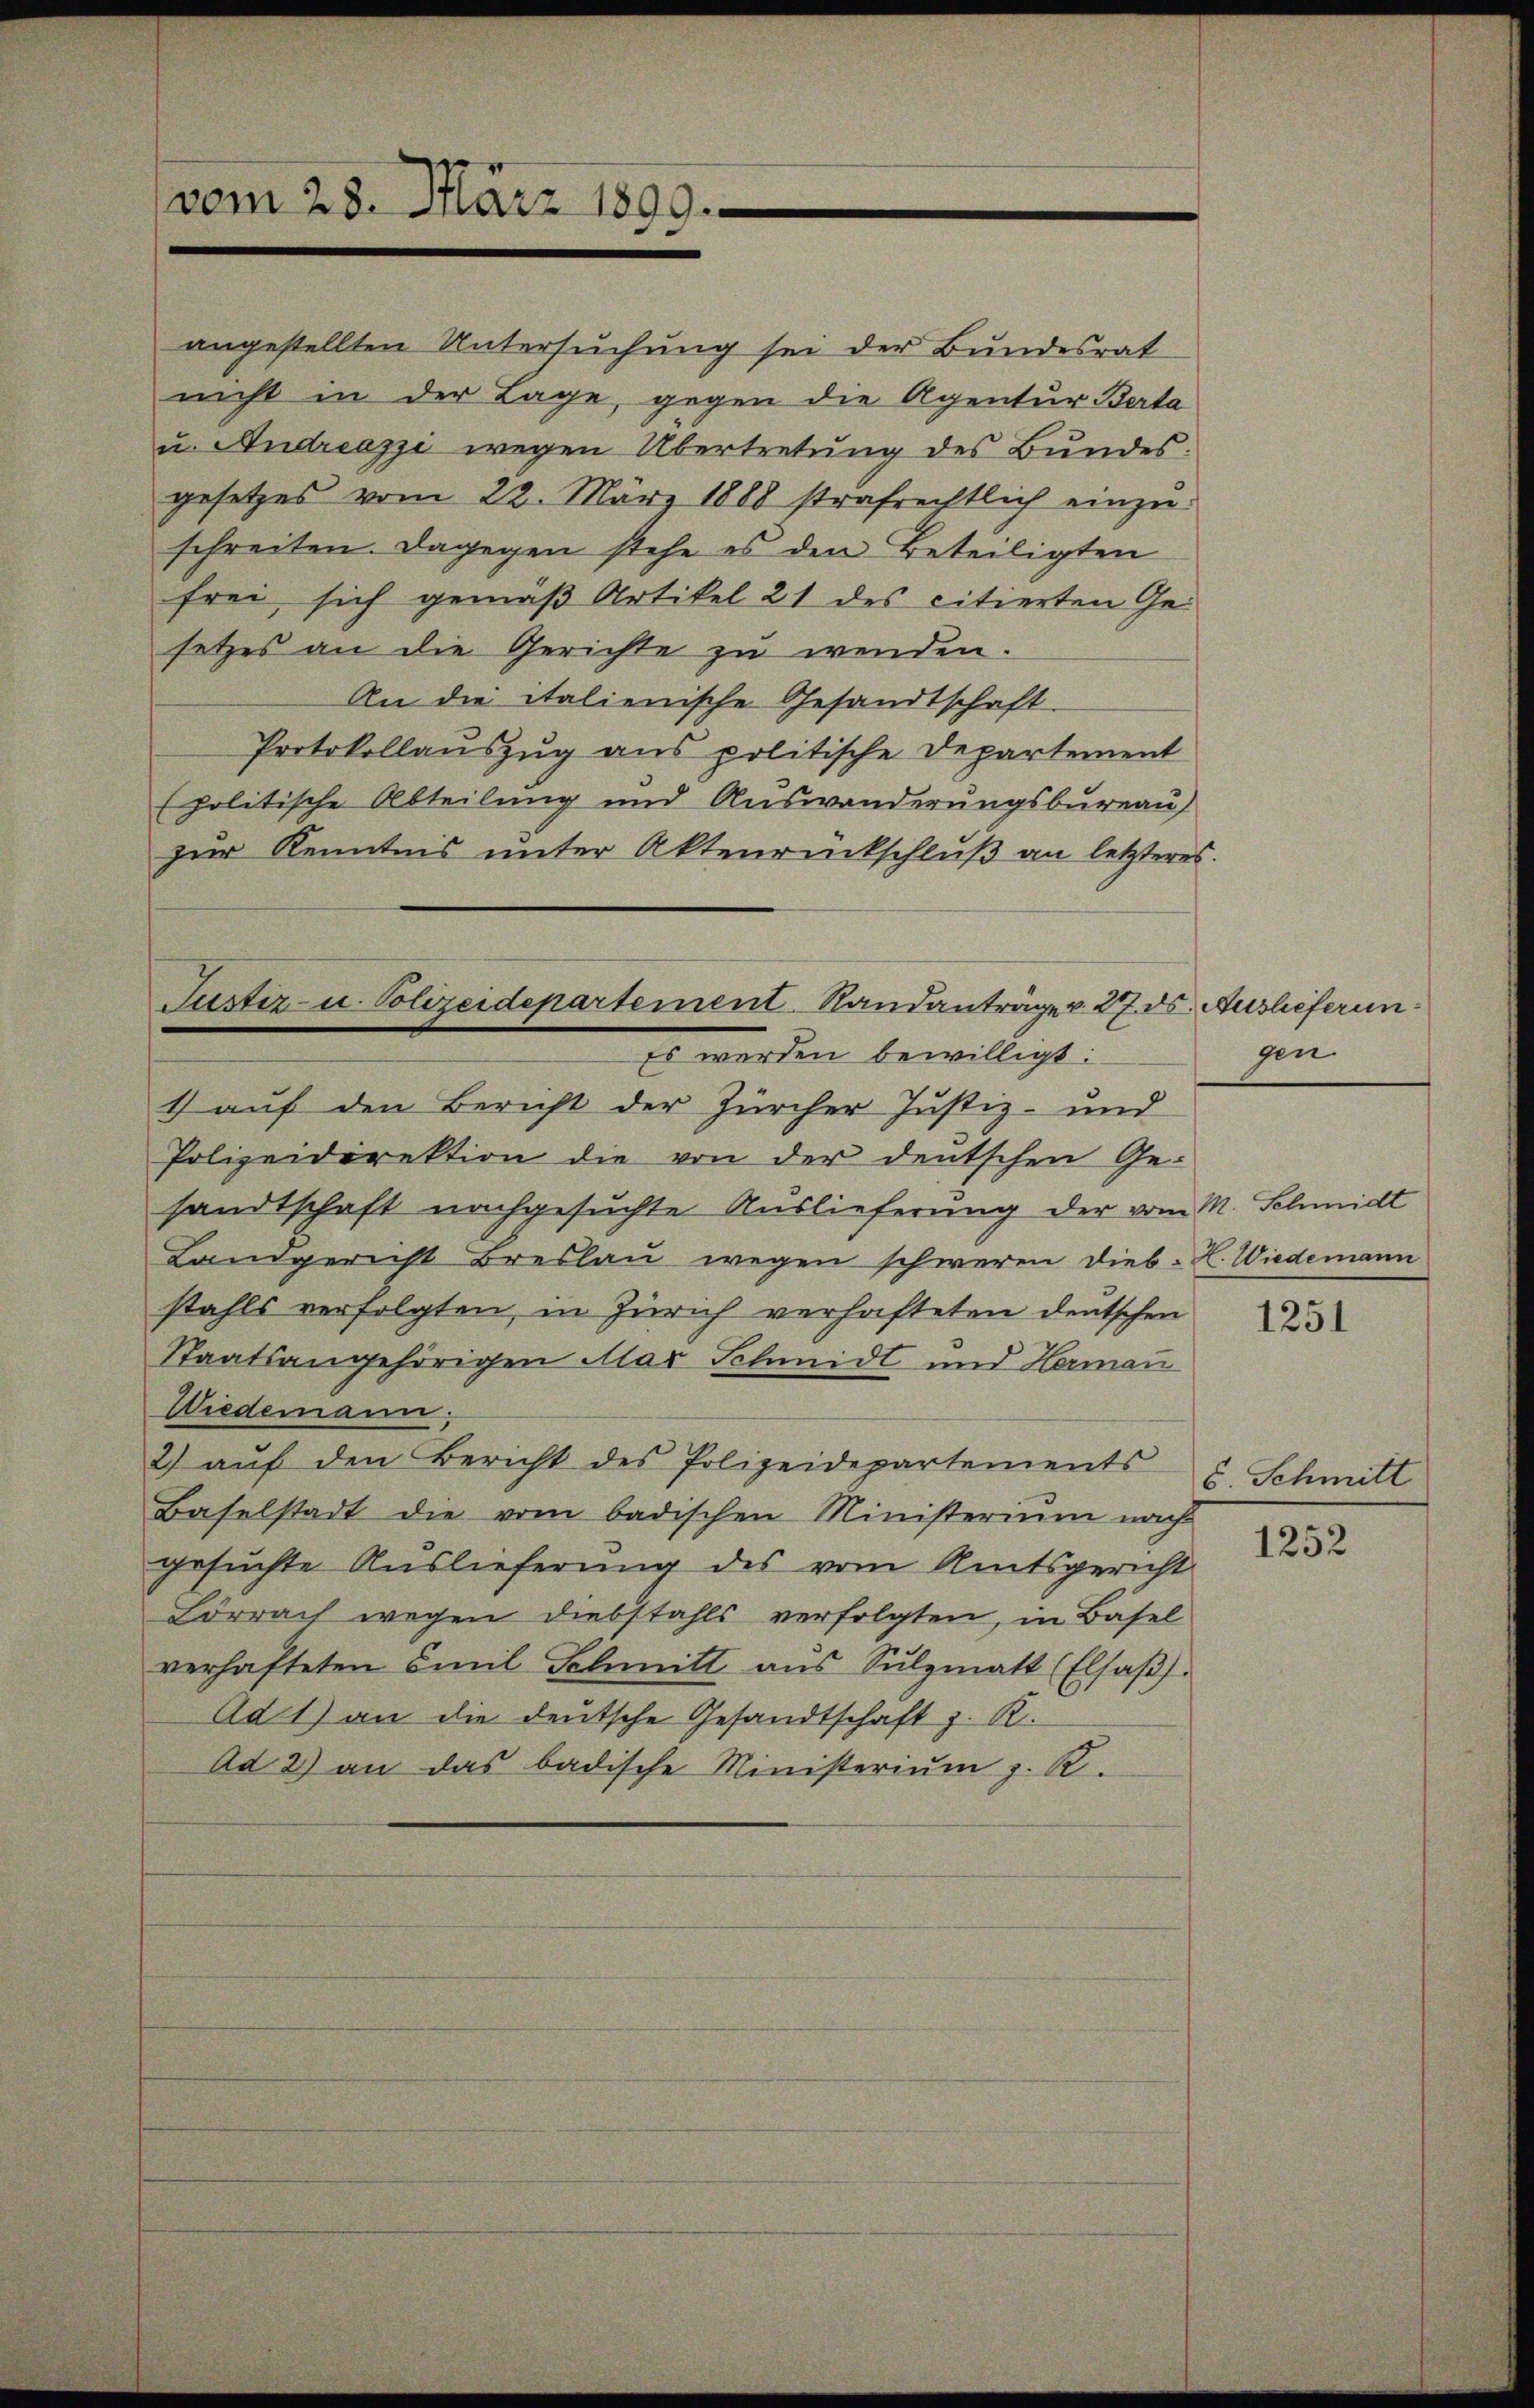
vom 28. März 1899.

Jüster- u. Polizeidepartement. Standanträge v. 27. ds. Auslieferun¬
Es werden bewilligt:

schreiten. Dagegen stehe es den Beteiligten
frei sich gemäß Artikel 21 des citierten Gesetzes an die Gerichte zu wenden.
An die italienische Gesandtschaft.
Protokollauszug aus politische Departement
(politische Abteilung und Auswanderungsbureau)
zur Kenntnis unter Aktenrückschluß an letzteres.
1) auf den Bericht der Zürcher Justiz- und
Polizeidirektion die von der deutschen Ge-
sandtschaft nachgesuchte Auslieferung der vom M. Schmidt
Landgericht Breslau wegen schweren Dieb- L. Wiedemann
stahls verfolgten, in Zürich verhafteten deutschen
Staatsangehörigen Alar Schmidt und Herman
Wiedemann;
2) auf den Bericht des Polizeidepartements
Baselstadt die vom badischen Ministerium nach
gesuchte Auslieferung des vom Amtsgericht
Lörrach wegen Diebstahls verfolgten, in Basel
verhafteten Emil Schmitt aŭs Sŭlzmatt (Elsaβ.
Ad 1) an die deutsche Gesandtschaft z. R.
Ad 2) an das badische Ministerium z. R.

angestellten Untersuchung sei der Bundesrat
nicht in der Lage, gegen die Agentur Berta
u. Andreazzi wegen Übertretung des Bundes.
gesetzes vom 22. März 1888 strafrechtlich einzu¬

gen

1251

5. Schmitt

1252